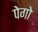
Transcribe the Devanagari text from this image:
पेगो